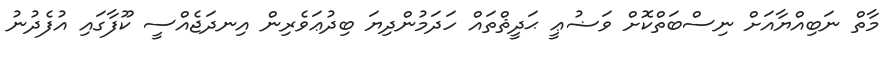
މާތް ނަބިއްޔާއަށް ނިސްބަތްކޮށް ވަޟުޢީ ޙަދީޘްތައް ހަދަމުންދިޔަ ބިދުޢަވެރިން އިނދަޖެއްސީ ކޫފާގައި އުފެދުނު